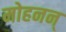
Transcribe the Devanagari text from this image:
मोहनन्